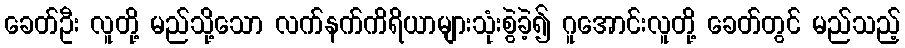
ခေတ်ဦး လူတို့ မည်သို့သော လက်နက်ကိရိယာများသုံးစွဲခဲ့၍ ဂူအောင်းလူတို့ ခေတ်တွင် မည်သည့်